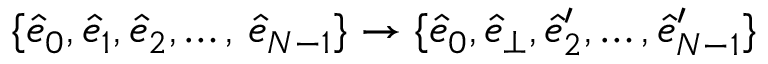
\{ \hat { e } _ { 0 } , \hat { e } _ { 1 } , \hat { e } _ { 2 } , \dots , \, \hat { e } _ { N - 1 } \} \rightarrow \{ \hat { e } _ { 0 } , \hat { e } _ { \perp } , \hat { e } _ { 2 } ^ { \prime } , \dots , \hat { e } _ { N - 1 } ^ { \prime } \}